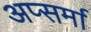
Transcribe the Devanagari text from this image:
अप्सर्मा